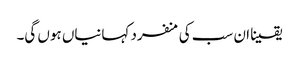
یقینا ان سب کی منفرد کہانیاں ہوں گی۔